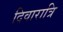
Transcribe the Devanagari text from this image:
दिवारात्रि